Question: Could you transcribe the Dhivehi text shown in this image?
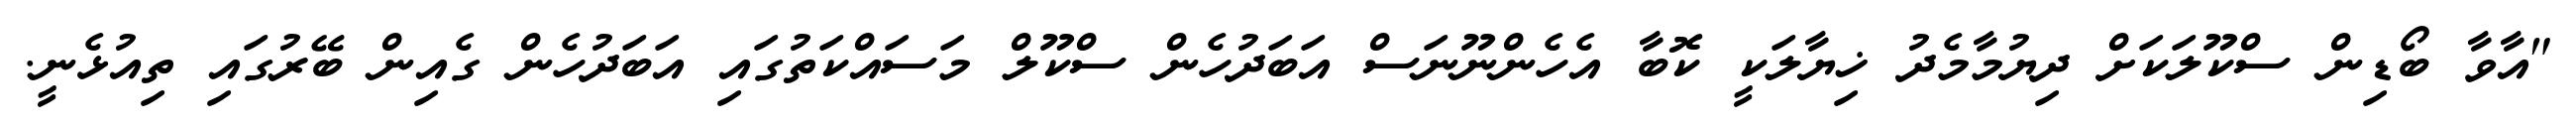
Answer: "އާވާ ބޯޑިން ސްކޫލަކަށް ދިޔުމާމެދު ޚިޔާލަކީ ކޮބާ އެހެންނޫނަސް އަބަދުހެން ސްކޫލް މަސައްކަތުގައި އަބަދުހެން ގެއިން ބޭރުގައި ތިއުޅެނީ.